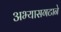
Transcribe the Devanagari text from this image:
अभ्यासगटाने